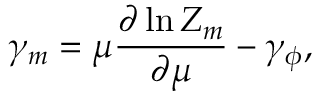
\gamma _ { m } = \mu \frac { \partial \ln Z _ { m } } { \partial \mu } - \gamma _ { \phi } ,